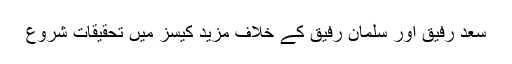
سعد رفیق اور سلمان رفیق کے خلاف مزید کیسز میں تحقیقات شروع